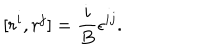
[ r ^ { i } , r ^ { j } ] = { \frac { i } { B } } \epsilon ^ { i j } .